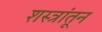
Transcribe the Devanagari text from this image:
शस्त्रांतून